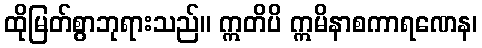
ထိုမြတ်စွာဘုရားသည်။ ဣတိပိ ဣမိနာစကာရဏေန၊